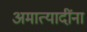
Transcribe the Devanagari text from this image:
अमात्यादींना